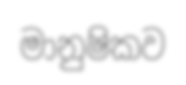
මානුෂිකව